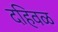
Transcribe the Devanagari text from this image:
दहिवळ